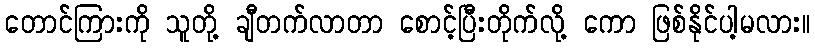
တောင်ကြားကို သူတို့ ချီတက်လာတာ စောင့်ပြီးတိုက်လို့ ကော ဖြစ်နိုင်ပါ့မလား။